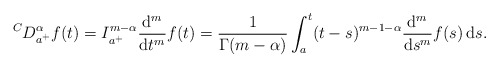
\begin{align*} {}^C D^{\alpha}_{a^+}f(t)= I_{a^+}^{m-\alpha}\frac{\mathrm d^m}{\mathrm dt^m}f(t)= \frac{1 }{\Gamma(m-\alpha)}\int_a^{t}(t-s)^{m-1-\alpha}\frac{\mathrm d^m}{\mathrm ds^m}f(s) \, \mathrm ds. \end{align*}